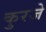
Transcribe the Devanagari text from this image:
कुरजे